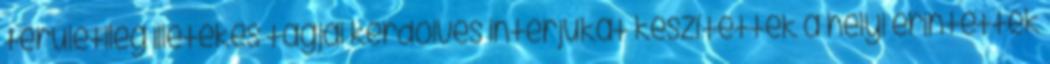
területileg illetékes tagjai kérdőives interjúkat készítettek a helyi érintettek